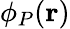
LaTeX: \phi_{P}(\mathbf{r})